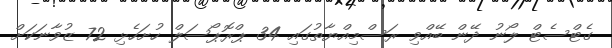
ގެޓްސެޓް ލޯނު ދޭން ބޭއްވި ރަސްމިއްޔާތުގައި 34 ޕްރޮޕޯސަލް ހުށަހެޅި 72 ޒުވާނަކަށް